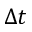
\Delta t